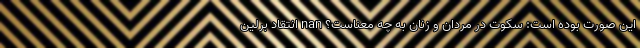
این صورت بوده است: سکوت در مردان و زنان به چه معناست؟ nan انتقاد برلین